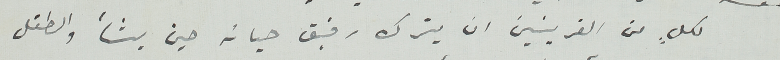
لكلٍ من القرينين ان يترك رفيق حياته حين يشأ والطفل